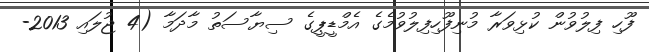
ފޫހި ފިލުވުން ކުޅިވަރާ މުނިފޫހިފިލުވުމެގެ އެމްޑީޕީގެ ސިޔާސަތު މާދަމާ (4 ޖުލައި 2013-